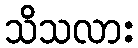
သိသလား